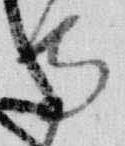
寺